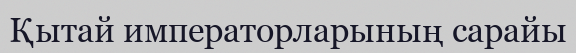
Қытай императорларының сарайы